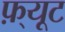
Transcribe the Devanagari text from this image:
फ़्यूट